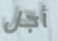
أجل